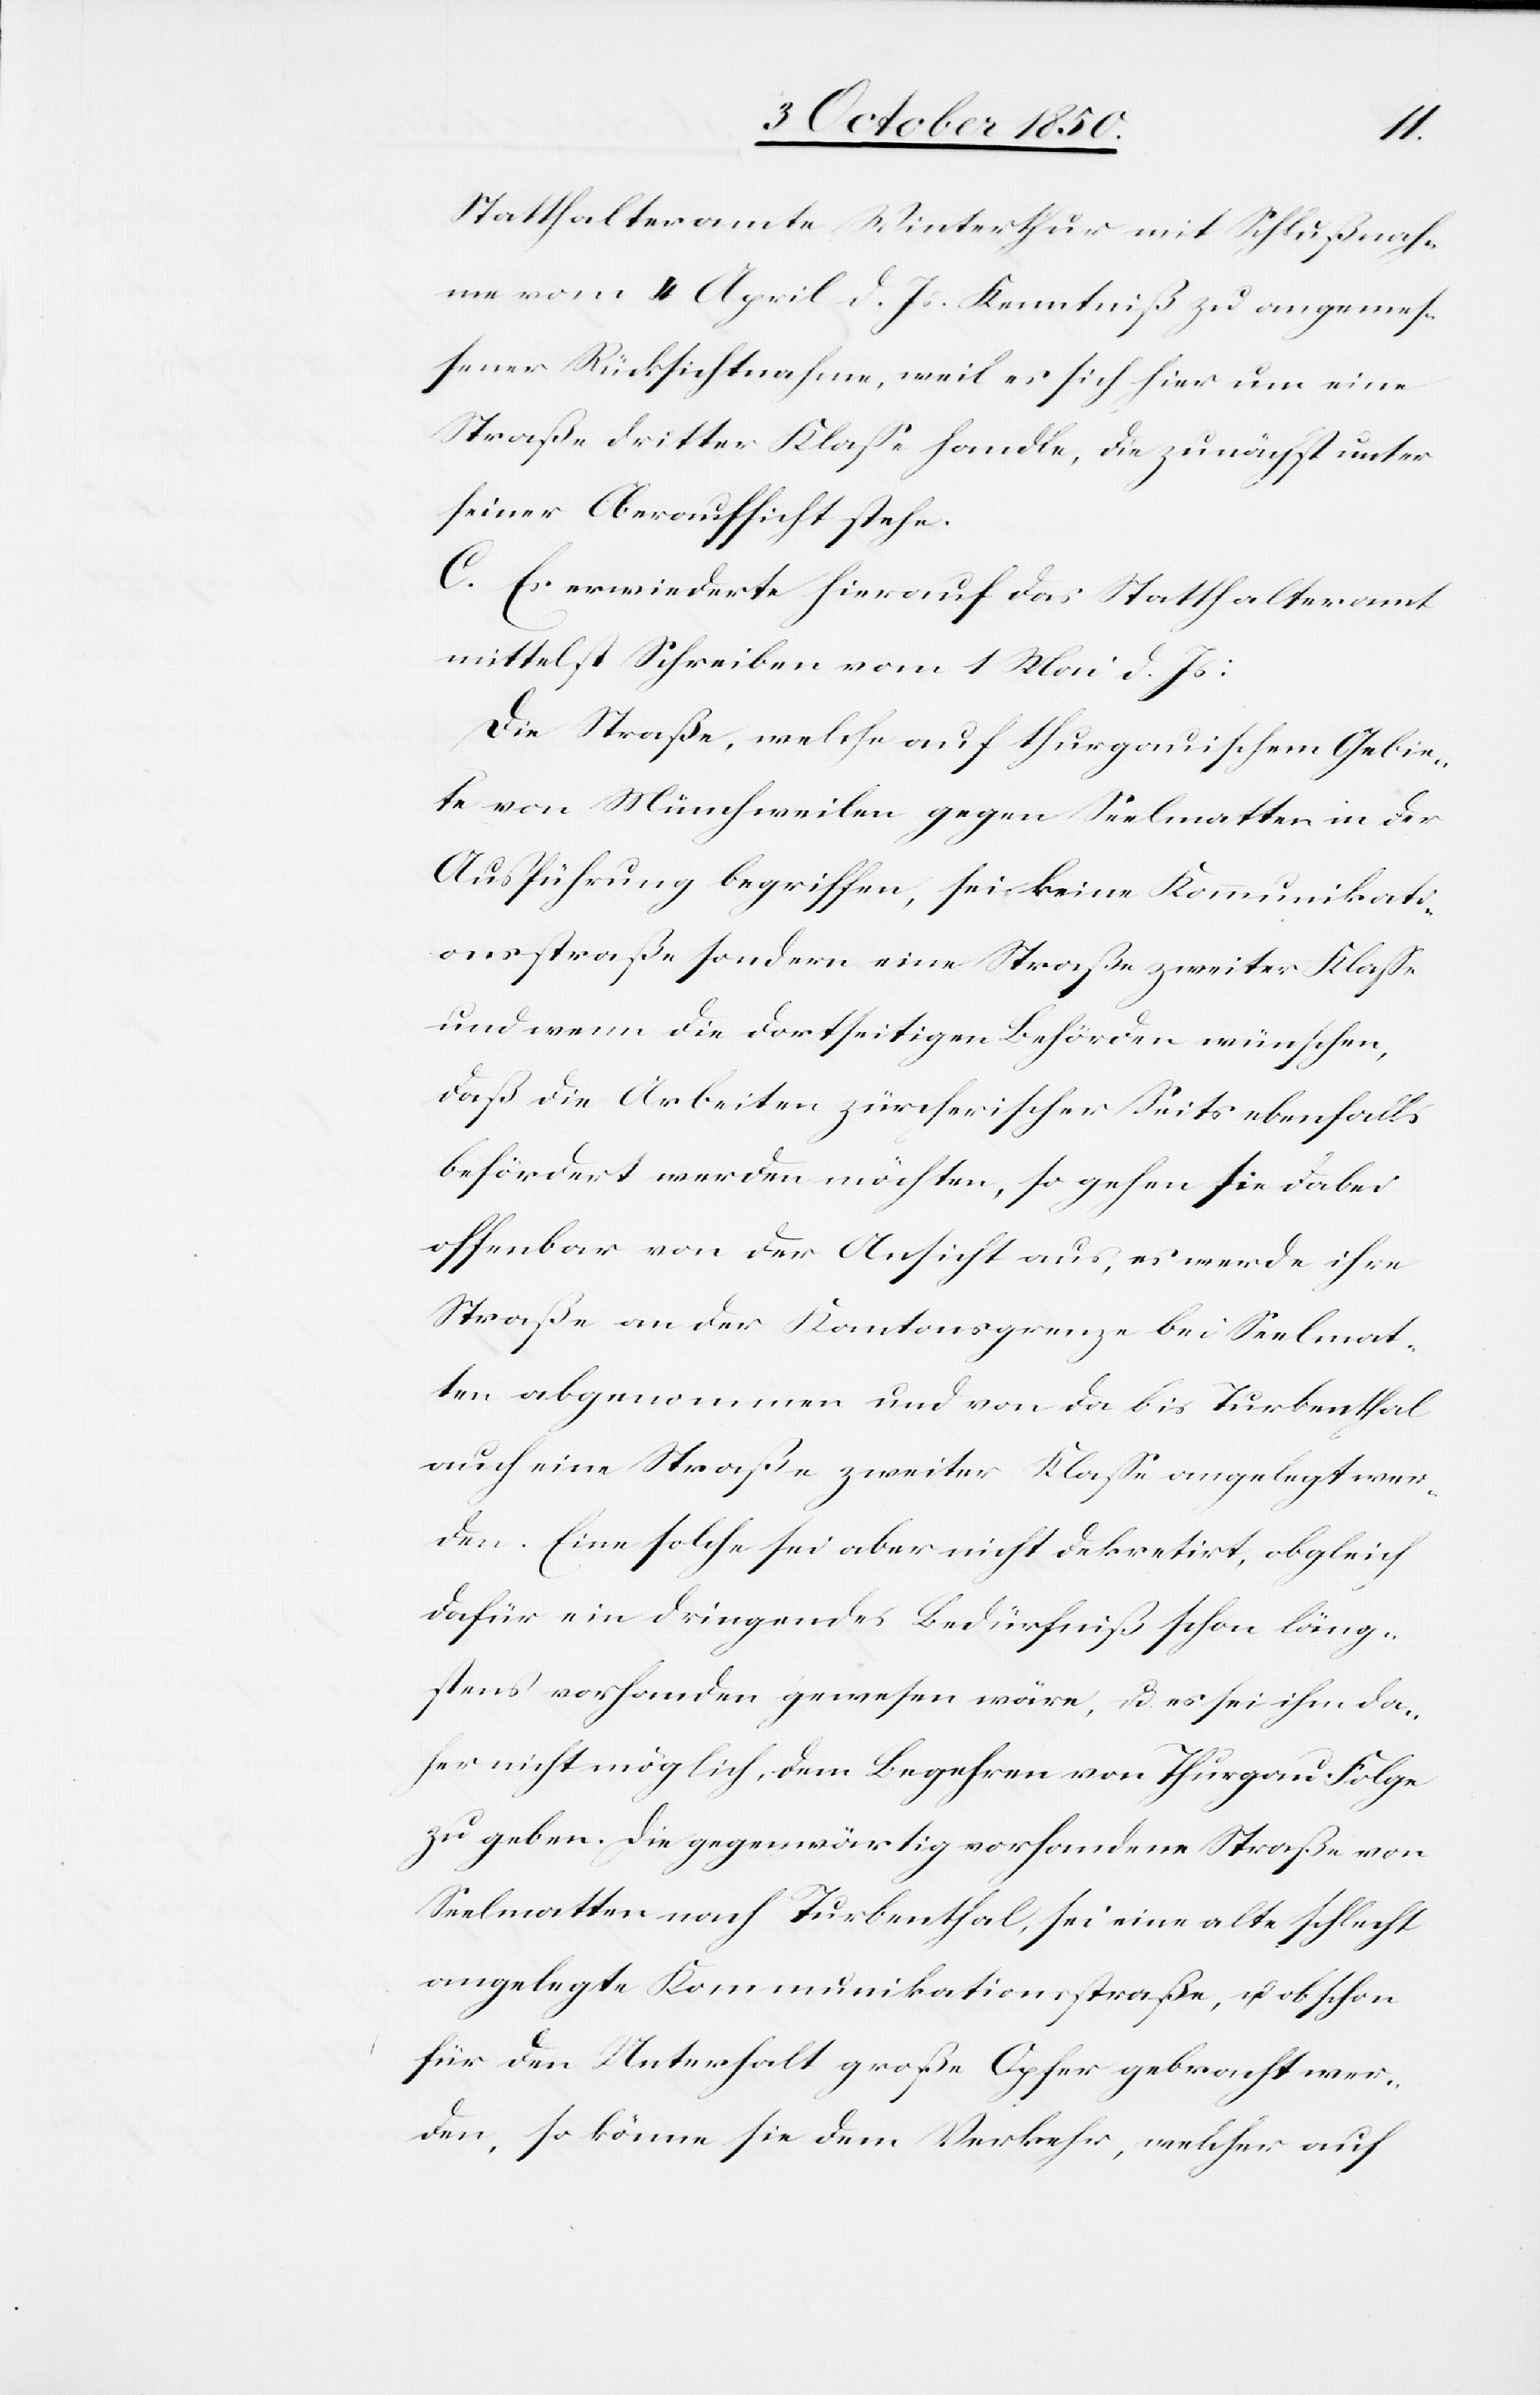
Statthalteramte Winterthur mit Schlußnah¬
me vom 4 April d. Js. Kenntniß zu angemes¬
sener Rücksichtnahme, weil es sich hier um eine
Straße dritter Klasse handle, die zunächst unter
seiner Oberaufsicht stehe.
C. Es erwiederte hierauf das Statthalteramt
mittelst Schreiben vom 1 Mai d. Js:
Die Straße, welche auf thurgauischem Gebie¬
te von Münchweilen gegen Seelmatten in der
Ausführung begriffen, sei keine Kommunikati¬
onsstraße sondern eine Straße zweiter Klasse
und wenn die dortseitigen Behörden wünschen,
daß die Arbeiten zürcherischer Seits ebenfalls
befördert werden möchte, so gehen sie dabei
offenbar von der Ansicht aus, es werde ihre
Straße an der Kantonsgrenze bei Seelmat¬
ten abgenommen und von da bis Turbenthal
auch eine Straße zweiter Klasse angelegt wer¬
den. Eine solche sei aber nicht dekretirt, obgleich
dafür ein dringendes Bedürfniß schon läng¬
stens vorhanden gewesen wäre, u. es sei ihm da¬
her nicht möglich, dem Begehren von Thurgau Folge
zu geben. Die gegenwärtig vorhandene Straße von
Seelmatten nach Turbenthal, sei eine alte schlecht
angelegte Kommunikationsstraße, u. obschon
für den Unterhalt große Opfer gebracht wer¬
den, so könne sie dem Verkehr, welcher auch